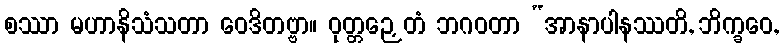
စဿာ မဟာနိသံသတာ ဝေဒိတဗ္ဗာ။ ဝုတ္တဉှေတံ ဘဂဝတာ “အာနာပါနဿတိ, ဘိက္ခဝေ,